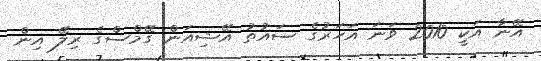
އޭނާ އަކީ 2010 ވަނަ އަހަރުގެ ސައުތު އޭޝިއަން ގޭމްސްގެ ރިލޭ އިން